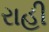
રાહી